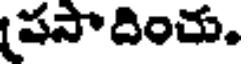
పసాదించు.